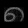
Digit: ၈